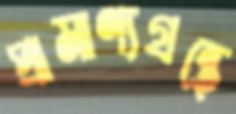
প্রামাণ্যগ্রন্থে